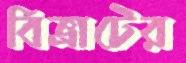
বিভ্রাটের